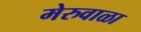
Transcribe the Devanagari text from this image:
मेरुवाळा